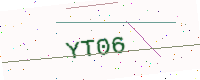
Text: YT06